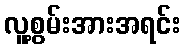
လူ့စွမ်းအားအရင်း